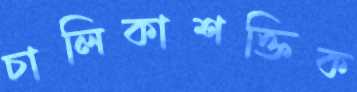
চালিকাশক্তিক